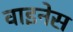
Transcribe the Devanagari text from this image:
वाइनेस